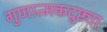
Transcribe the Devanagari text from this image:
गुणात्मकदुष्ट्या